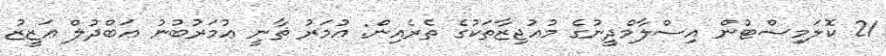
21 ކޮލަމިސްޓުން އިސްލާމްދީނުގެ މުޢުޖިޒާތަކުގެ ތެރެއިން: ޢުމަރު ޘާާނީ ޢުމަރުބުނު ޢަބްދުލް ޢަޒީޒު